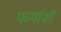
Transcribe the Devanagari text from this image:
फर्माशी